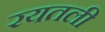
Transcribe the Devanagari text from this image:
रयतली